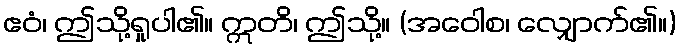
ဧဝံ၊ ဤသို့ရှုပါ၏။ ဣတိ၊ ဤသို့။ (အဝေါစ၊ လျှောက်၏။)